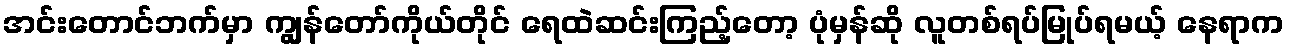
အင်းတောင်ဘက်မှာ ကျွန်တော်ကိုယ်တိုင် ရေထဲဆင်းကြည့်တော့ ပုံမှန်ဆို လူတစ်ရပ်မြုပ်ရမယ့် နေရာက